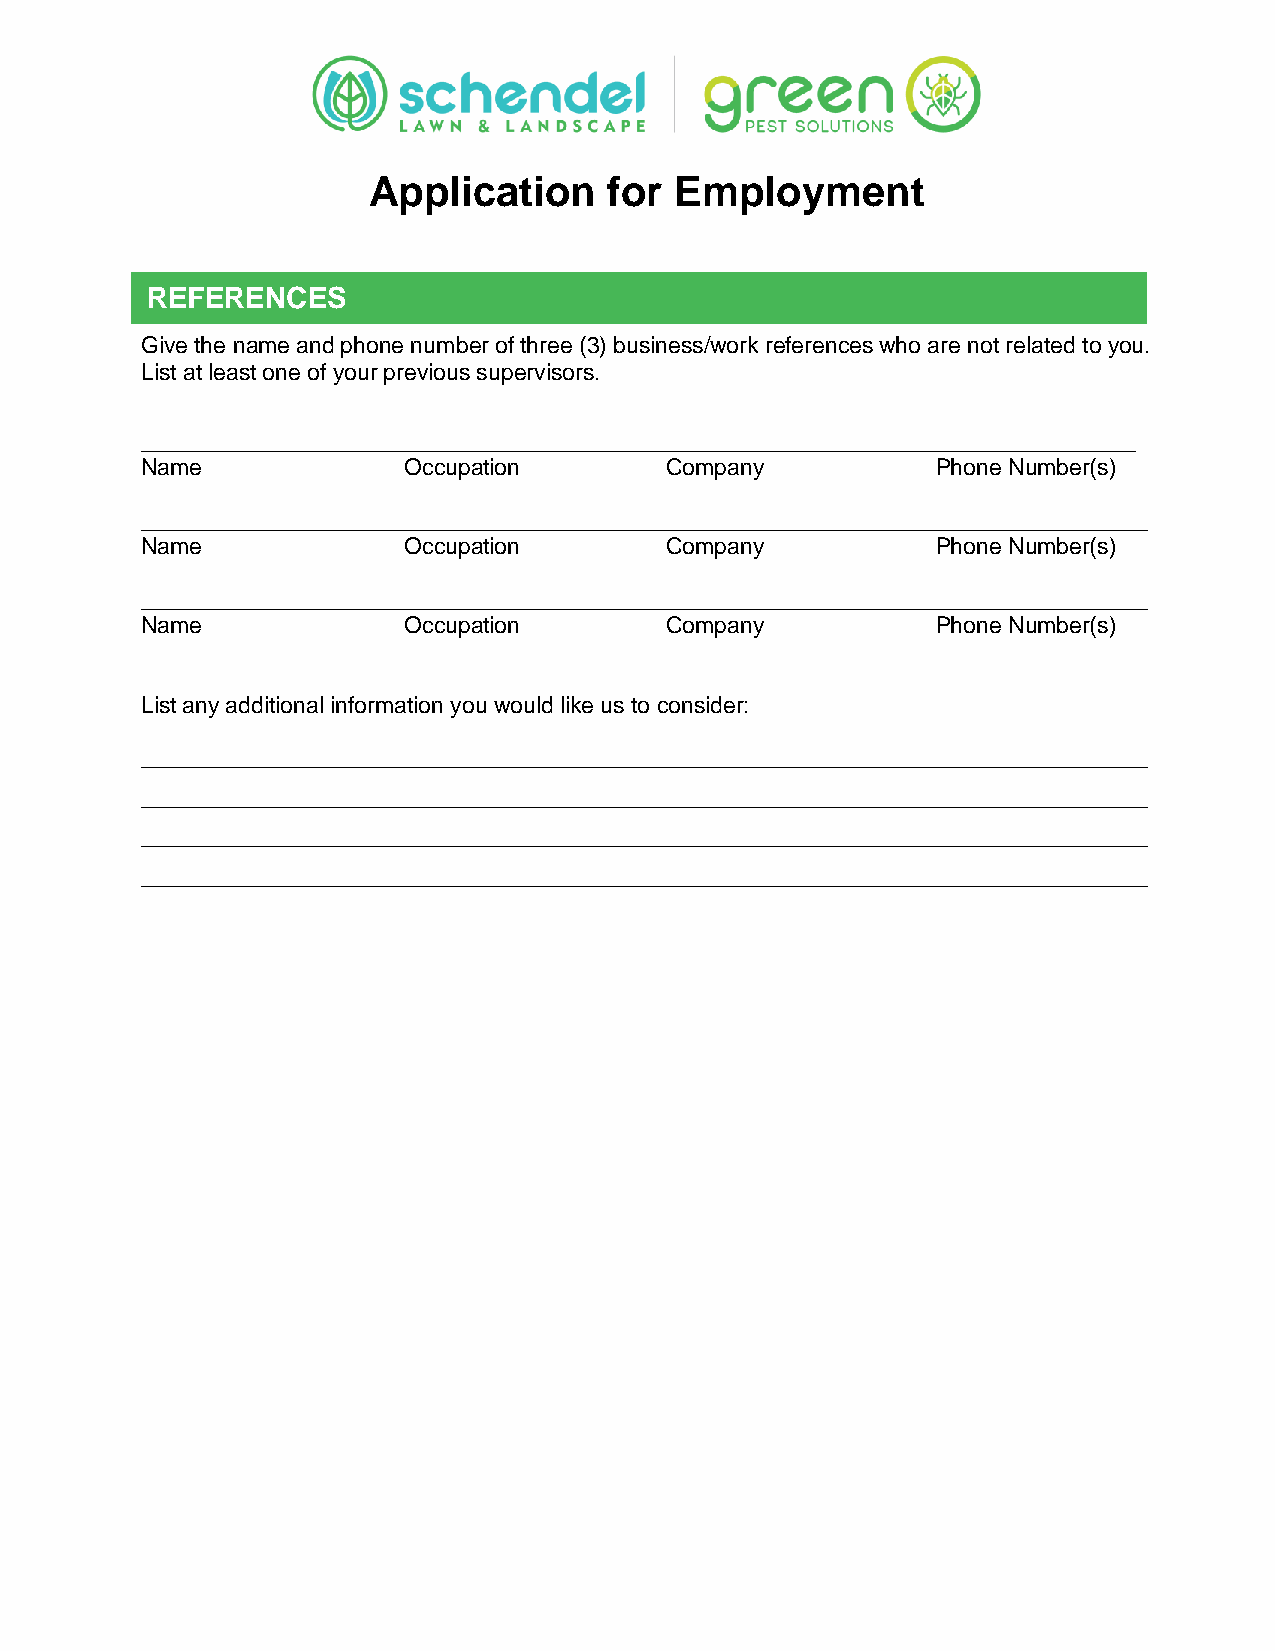
Application     for  Employment
 REFERENCES
 Give the name and phone number of three (3) business/work references who are not related to you.
 List at least one of your previous supervisors.
 ______________________________________________________________________________
 Name              Occupation       Company           Phone Number(s)
 _______________________________________________________________________________
 Name              Occupation       Company           Phone Number(s)
 _______________________________________________________________________________
 Name              Occupation       Company           Phone Number(s)
 List any additional information you would like us to consider:
 _______________________________________________________________________________
 _______________________________________________________________________________
 _______________________________________________________________________________
 _______________________________________________________________________________